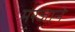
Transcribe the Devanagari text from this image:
मरजाने